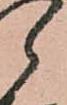
郎